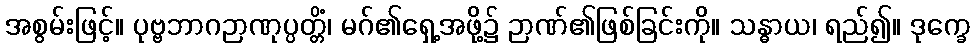
အစွမ်းဖြင့်။ ပုဗ္ဗဘာဂဉာဏုပ္ပတ္တိံ၊ မဂ်၏ရှေ့အဖို့၌ ဉာဏ်၏ဖြစ်ခြင်းကို။ သန္ဓာယ၊ ရည်၍။ ဒုက္ခေ